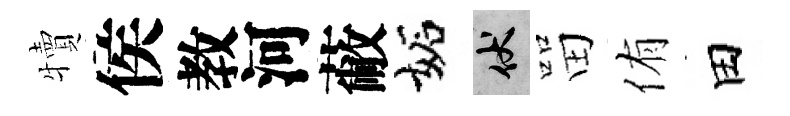
犢侯教河蔽妬伏㽞侑田